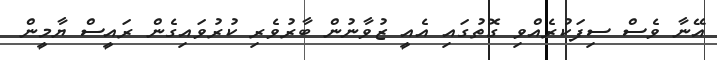
އޭނާ ވެސް ސިފަކުރެއްވި ގޮތުގައި އެއީ ޒުވާނުން ބާރުވެރި ކުރުވައިގެން ރައީސް ޔާމީން